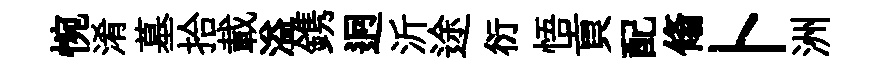
惋淆墓拾載溢鎸迥沂途衍悟貢配翛卜洲